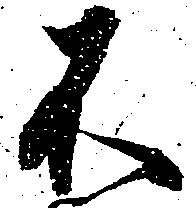
不